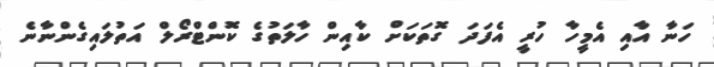
ހަނާ އާއި އެމީހާ ހުރީ އެފަދަ ގޮތަކަށް ކާއިން ހާލަތުގެ ކޮންޓްރޯލް އަތުލައިގެންނާނެ